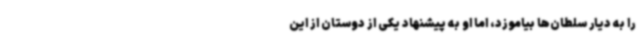
را به دیار سلطان‌ها بیاموزد، اما او به پیشنهاد یکی از دوستان از این